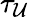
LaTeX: \tau_{\mathcal{U}}